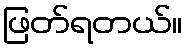
ဖြတ်ရတယ်။